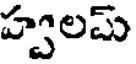
హ్వలమ్